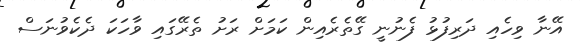
އޭނާ ވިހެއި ދަރިފުޅު ފެނުނީ ގޭތެރެއިން ކަމަށް ރަށު ތެރޭގައި ވާހަކަ ދެކެވުނަސް